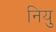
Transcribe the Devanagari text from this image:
नियु